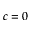
c = 0